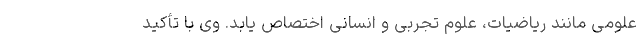
علومی مانند ریاضیات، علوم تجربی و انسانی اختصاص یابد. وی با تأکید